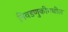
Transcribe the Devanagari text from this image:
निवडणुकीमधील